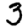
Digit: 3